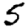
Digit: 5